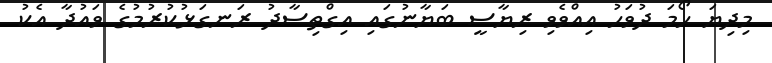
މިދިޔަ ހޯމަ ދުވަހު އިއްވެވި ރިޔާސީ ބަޔާނުގައި އިގްތިސާދު ރަނގަޅުކުރުމުގެ ވައުދާ އެކު